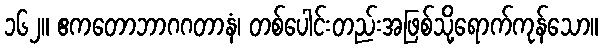
၁၆၂။ ဧကတောဘာဂဂတာနံ၊ တစ်ပေါင်းတည်းအဖြစ်သို့ရောက်ကုန်သော။